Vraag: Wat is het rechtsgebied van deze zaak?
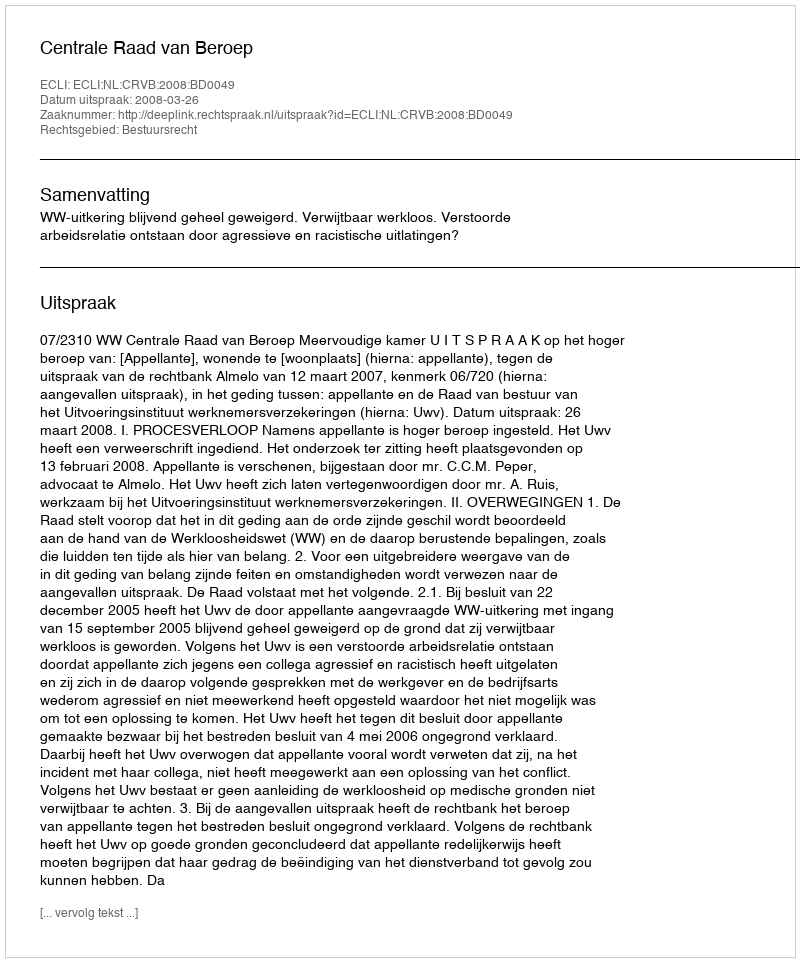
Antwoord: Bestuursrecht